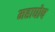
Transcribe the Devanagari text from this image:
महाघोष